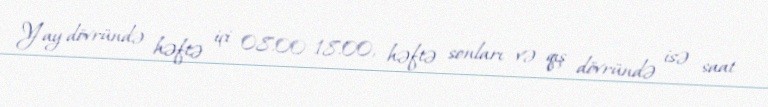
Yay dövründə həftə içi 08.00-18.00, həftə sonları və qış dövründə isə saat